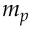
m _ { p }